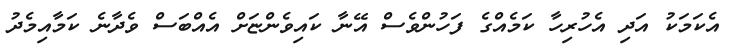
އެކަމަކު އަދި އެހުރިހާ ކަމެއްގެ ފަހުންވެސް އޭނާ ކައިވެންޏަށް އެއްބަސް ވެދާނެ ކަމާއިމެދު